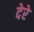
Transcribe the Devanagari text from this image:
देरे